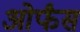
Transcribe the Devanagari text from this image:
ओर्फंस